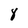
Character: 8